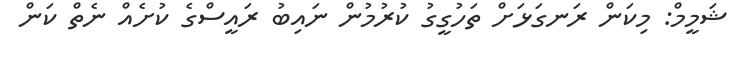
ޝަމީމް: މިކަން ރަނގަޅަށް ތަހުގީގު ކުރުމުން ނައިބު ރައީސްގެ ކުށެއް ނެތް ކަން